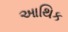
આથિક